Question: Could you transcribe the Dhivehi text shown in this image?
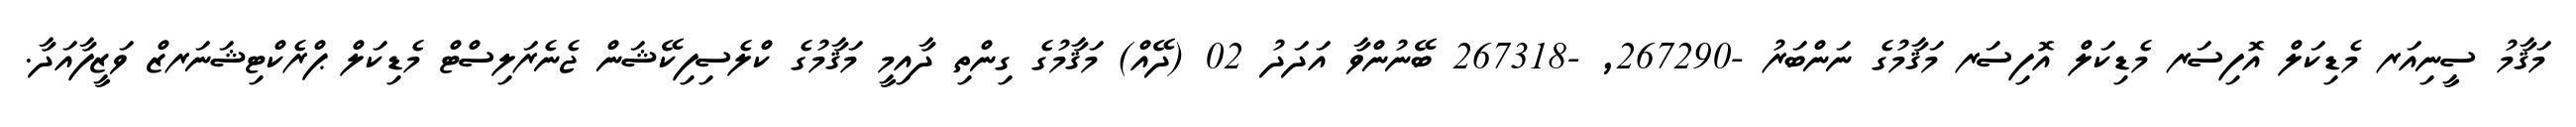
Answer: މަޤާމު ސީނިއަރ މެޑިކަލް އޮފިސަރ މެޑިކަލް އޮފިސަރ މަޤާމުގެ ނަންބަރު -267290, -267318 ބޭނުންވާ އަދަދު 02 (ދޭއް) މަޤާމުގެ ގިންތި ދާއިމީ މަޤާމުގެ ކްލެސިފިކޭޝަން ޖެނެރަލިސްޓް މެޑިކަލް ޕްރެކްޓިޝަނަރޒް ވަޒީފާއަދާ.